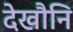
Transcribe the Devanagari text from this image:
देखौनि